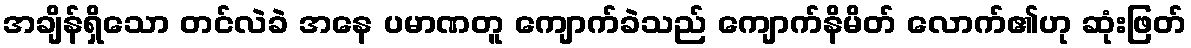
အချိန်ရှိသော တင်လဲခဲ အနေ ပမာဏတူ ကျောက်ခဲသည် ကျောက်နိမိတ် လောက်၏ဟု ဆုံးဖြတ်